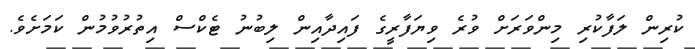
ކުރިން ލަފާކުރި މިންވަރަށް ވުރެ ވިޔަފާރީގެ ފައިދާއިން ލިބުނު ޓެކްސް އިތުރުވުމުން ކަމަށެވެ.